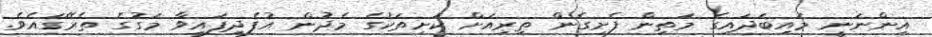
އިންނަނީ މައިބަދައިގެ މަތިން ފެށިގެން ތިރިއަށް ކަށިތަކުގެ މެދުން އުފެދިފައިވާ މަގުގެ ތެރޭގައެވެ.